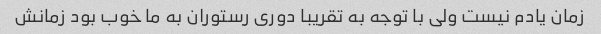
زمان یادم نیست ولی با توجه به تقریبا دوری رستوران به ما خوب بود زمانش